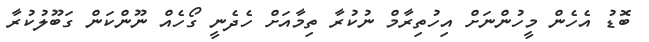
ބޮޑު އެހެން މީހުންނަށް އިހުތިރާމް ނުކުރާ ތިމާއަށް ހެދެނީ ގޯހެއް ނޫންކަން ގަބޫލުކުރާ